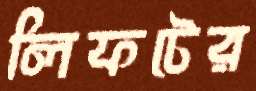
লিফটের